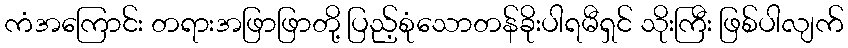
ကံအကြောင်း တရားအဖြာဖြာတို့ ပြည့်စုံသောတန်ခိုးပါရမီရှင် သိုးကြီး ဖြစ်ပါလျက်